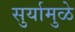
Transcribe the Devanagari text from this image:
सुर्यामुळे